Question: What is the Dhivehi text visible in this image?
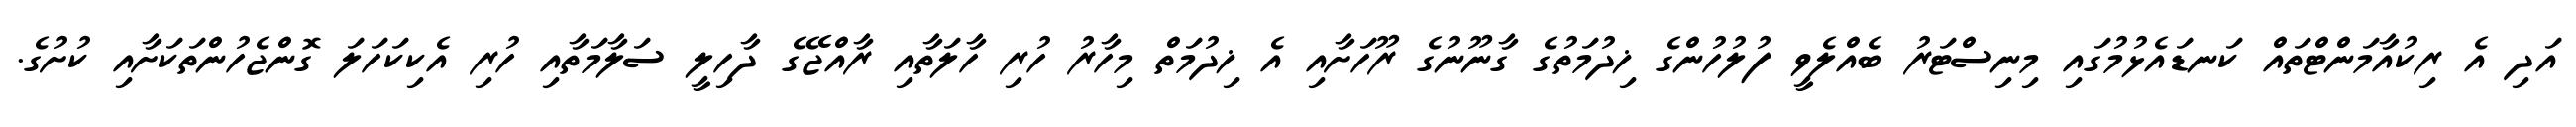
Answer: އަދި އެ ރިކުއާމަންޓްތައް ކަނޑައެޅުމުގައި މިނިސްޓަރު ބެއްލެވީ ފުލުހުންގެ ޚިދުމަތުގެ ގާނޫނުގެ ރޫހަށާއި އެ ޚިދުމަތް މިހާރު ހުރި ހާލަތާއި ރާއްޖޭގެ ދާހިލީ ސަލާމަތާއި ހުރި އެކިކަހަލަ ގޮންޖެހުންތަކަށާއި ކުށުގެ.